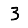
Digit: 3